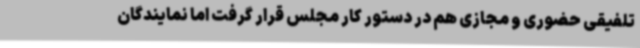
تلفیقی حضوری و مجازی هم در دستور کار مجلس قرار گرفت اما نمایندگان